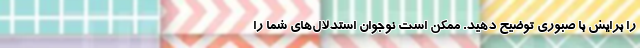
را برایش با صبوری توضیح دهید. ممکن است نوجوان استدلال‌های شما را